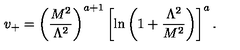
v _ { + } = \left( \frac { M ^ { 2 } } { \Lambda ^ { 2 } } \right) ^ { a + 1 } \left[ \ln \left( 1 + \frac { \Lambda ^ { 2 } } { M ^ { 2 } } \right) \right] ^ { a } .